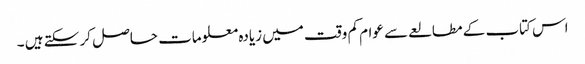
اس کتاب کے مطالعے سے عوام کم وقت میں زیادہ معلومات حاصل کر سکتے ہیں ۔